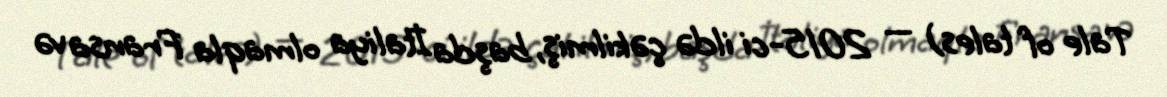
Tale of tales) — 2015-ci ildə çəkilmiş, başda İtaliya olmaqla Fransa və